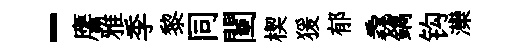
-譍雅季黎同闉楔猨郁毳鐫钩灤